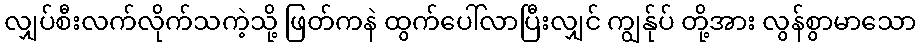
လျှပ်စီးလက်လိုက်သကဲ့သို့ ဖြတ်ကနဲ ထွက်ပေါ်လာပြီးလျှင် ကျွန်ုပ် တို့အား လွန်စွာမာသော